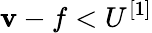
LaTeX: \mathbf{v}-f<U^{[1]}